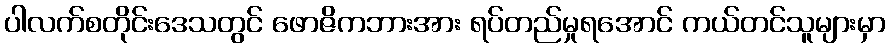
ပါလက်စတိုင်းဒေသတွင် ဖောဇိကဘားအား ရပ်တည်မှုရအောင် ကယ်တင်သူများမှာ